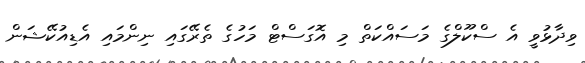
ވިދާޅުވީ އެ ސްކޫލްގެ މަސައްކަތް މި އޮގަސްޓް މަހުގެ ތެރޭގައި ނިންމައި އެޑިއުކޭޝަން